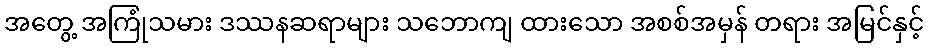
အတွေ့ အကြုံသမား ဒဿနဆရာများ သဘောကျ ထားသော အစစ်အမှန် တရား အမြင်နှင့်